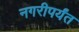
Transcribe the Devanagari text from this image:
नगरीपर्यंत